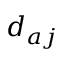
d _ { a j }